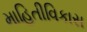
માહિતીવિકાસ